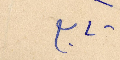
تابع